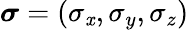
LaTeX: {\boldsymbol\sigma}=(\sigma_{\mathit{x}},\sigma_{y},\sigma_{z})